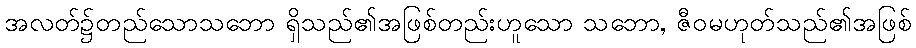
အလတ်၌တည်သောသဘော ရှိသည်၏အဖြစ်တည်းဟူသော သဘော, ဇီဝမဟုတ်သည်၏အဖြစ်